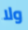
ولا